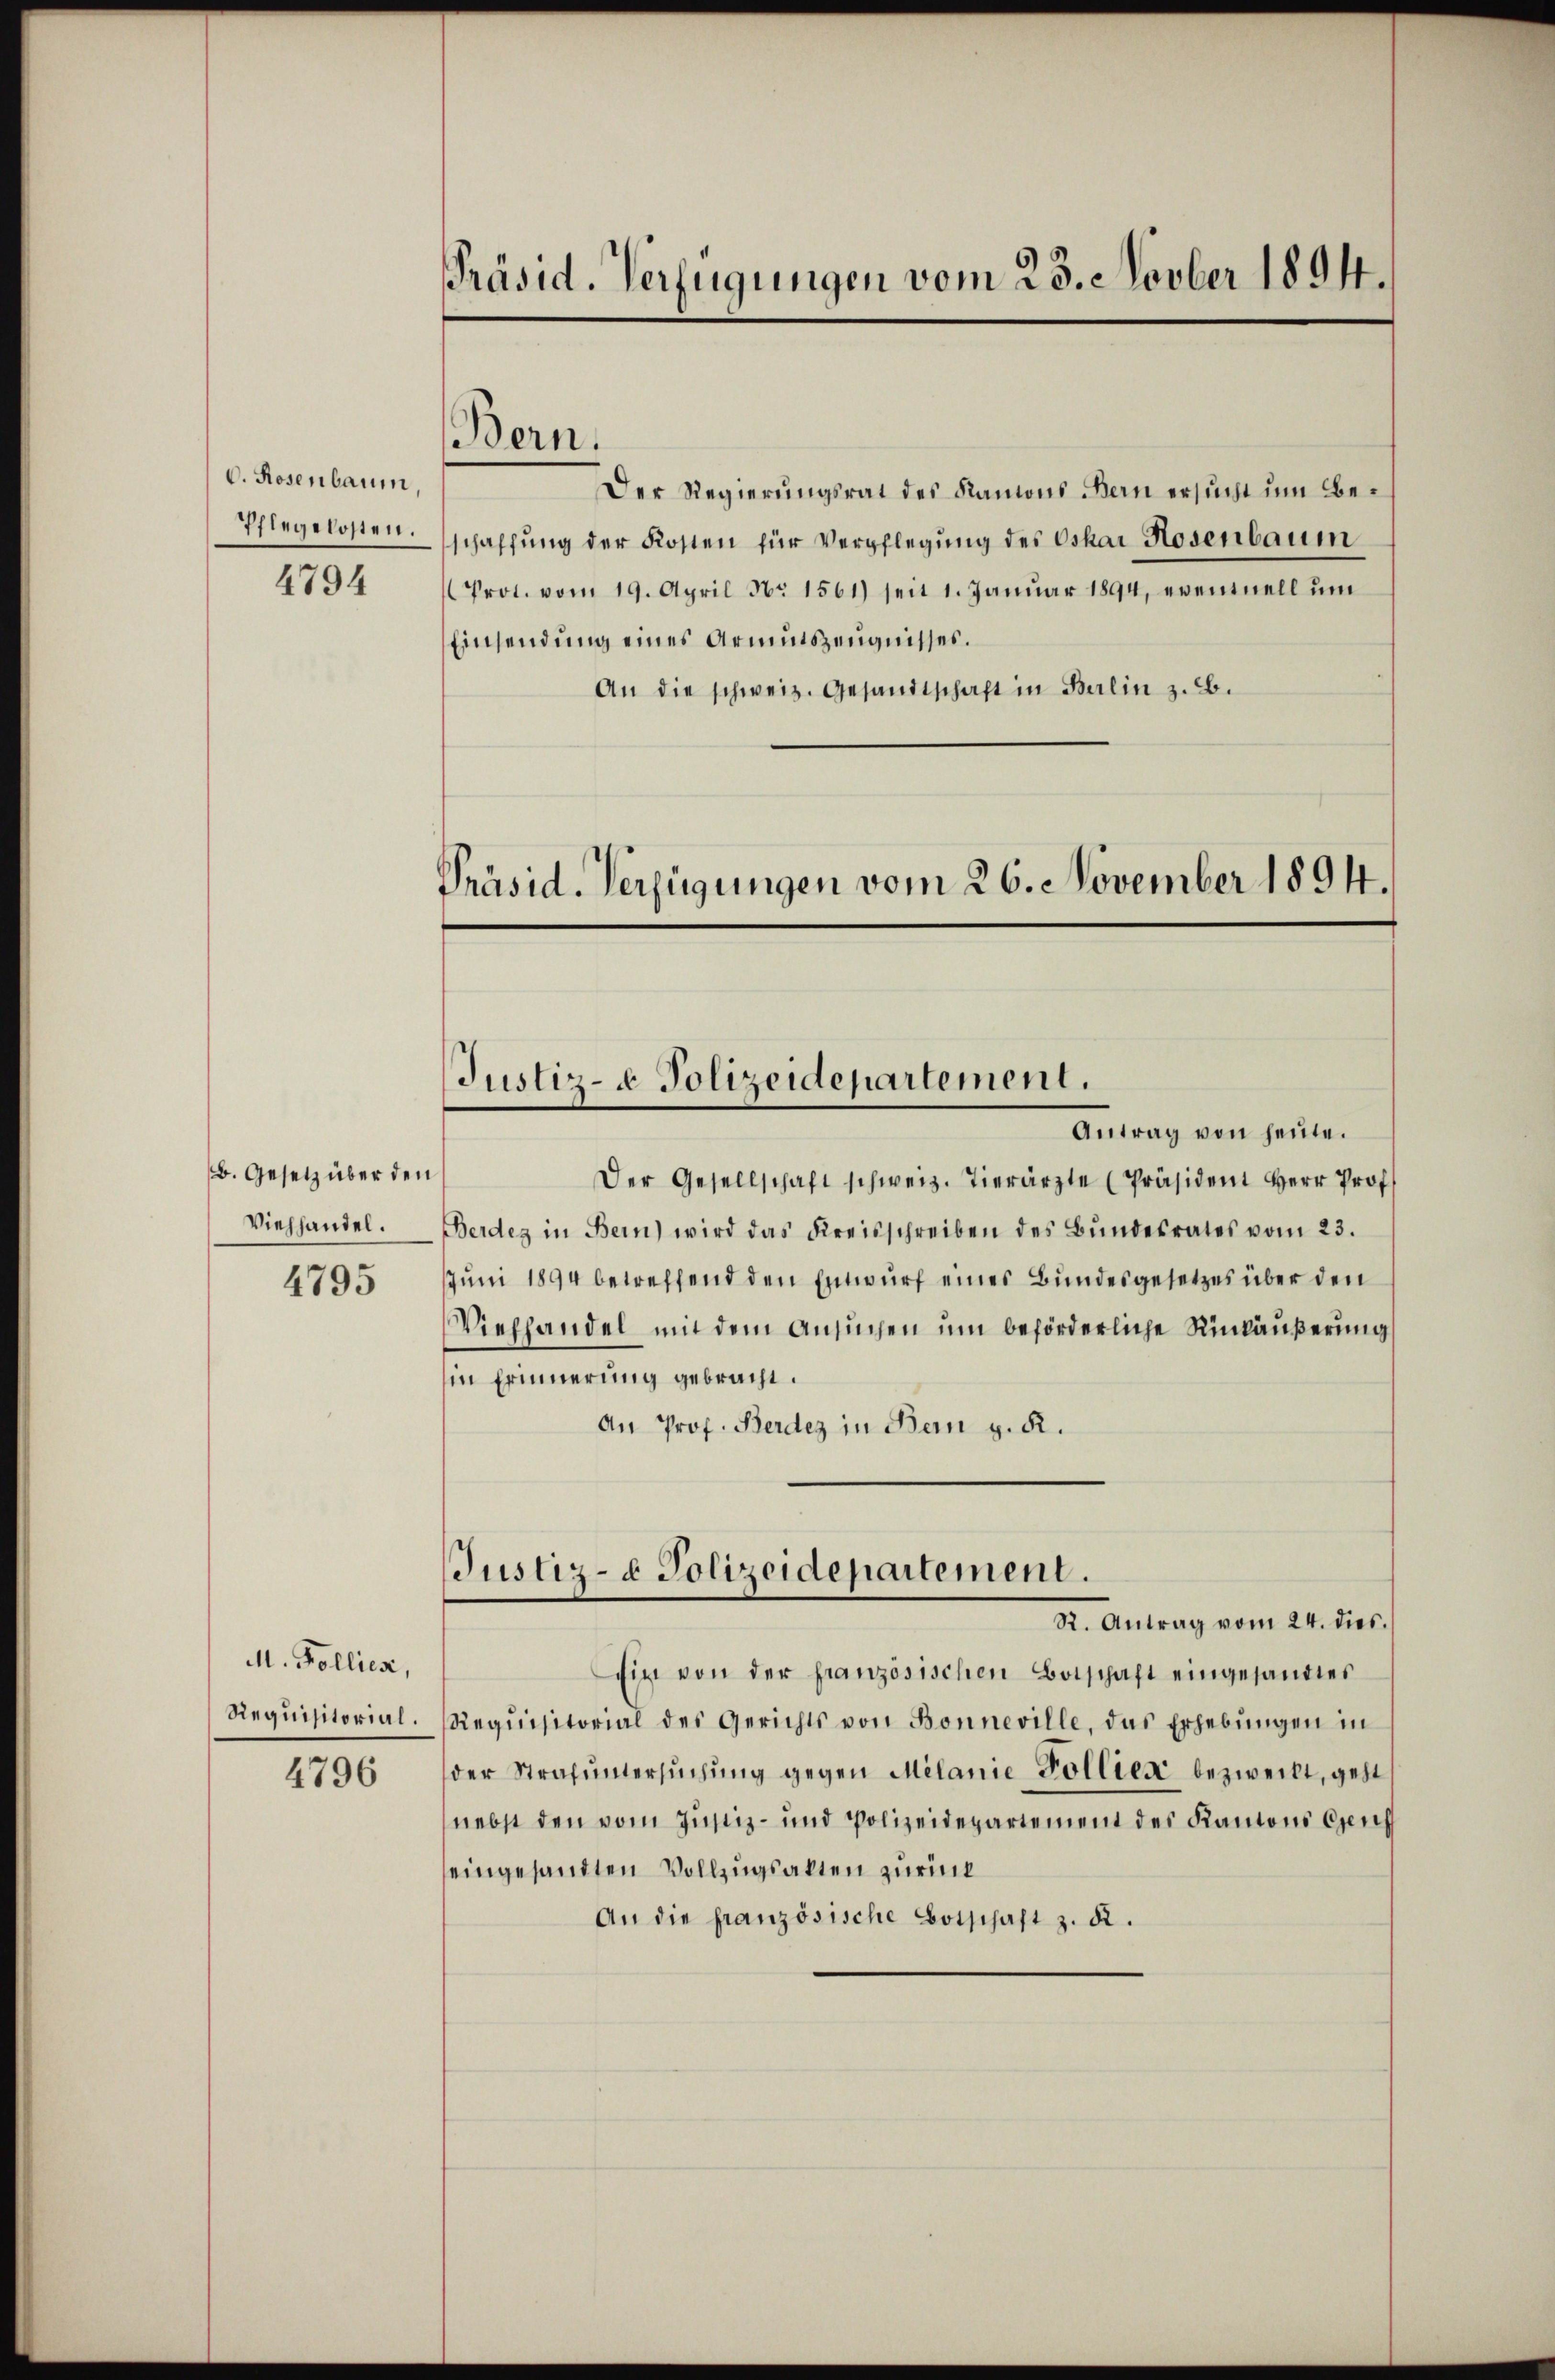
C. Rosenbaum,
Pflegelosten.
4794

B. Gesetz über den
Viehhandel.
4795

M. Kollies,
Requisitorial.

4796

Präsid. Verfügungen vom 23. Novber 1894.

Der Regierungsrat des Kanons Bern ersucht um Beschaffung der Kosten für Verpflegung des Oskar Hosenbaum
Prot. vom 19. April No 1561) seit 1. Januar 1894, eventuell ŭm
Einsendung eines Armutszeugnisses.
An die schweiz. Gesandtschaft in Berlin z. B.
Präsid. Verfügungen vom 26. November 1894.

Bern.

Justiz- & Polizeidepartement.
Antrag von heute.

Der Gesellschaft schweiz. Tierärzte Präsident Herr Prof.
Berdes in Bein) wird das Kreisschreiben des Bŭndesrates vom 23.
Juni 1894 betreffend den Entwurf eines Bundesgesetzes über den
Viehhandel mit dem Ansuchen um beförderliche Rückäußerung
in Erinnerung gebracht.
An Prof. Berdez in Bern v. R.
Justiz- & Polizeidepartement.
R. Antrag vom 24. dies
Ein von der französischen Botschaft eingesandtes
Requisitorial des Gerichts von Bonneville, das Erhebŭngen in
der Strafŭntersŭchŭng gegen Milanie Pollier bezweckt, geht
nebst den vom Justiz- und Polizeidepartement des Kantons Genf
eingesandten Vollzugsalten zurück
An die französische Botschaft z. R.